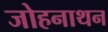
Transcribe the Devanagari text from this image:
जोहनाथन